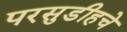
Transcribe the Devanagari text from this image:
परसुडीहचे